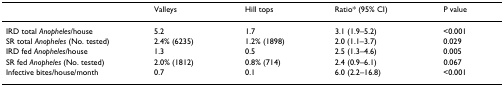
<table><thead><tr><td></td><td><b>Valleys</b></td><td><b>Hill tops</b></td><td><b>Ratio* (95% CI)</b></td><td><b>P value</b></td></tr></thead><tbody><tr><td>IRD total <i>Anopheles</i>/house</td><td>5.2</td><td>1.7</td><td>3.1 (1.9–5.2)</td><td>&lt;0.001</td></tr><tr><td>SR total <i>Anopheles </i>(No. tested)</td><td>2.4% (6235)</td><td>1.2% (1898)</td><td>2.0 (1.1–3.7)</td><td>0.029</td></tr><tr><td>IRD fed <i>Anopheles</i>/house</td><td>1.3</td><td>0.5</td><td>2.5 (1.3–4.6)</td><td>0.005</td></tr><tr><td>SR fed <i>Anopheles </i>(No. tested)</td><td>2.0% (1812)</td><td>0.8% (714)</td><td>2.4 (0.9–6.1)</td><td>0.067</td></tr><tr><td>Infective bites/house/month</td><td>0.7</td><td>0.1</td><td>6.0 (2.2–16.8)</td><td>&lt;0.001</td></tr></tbody></table>